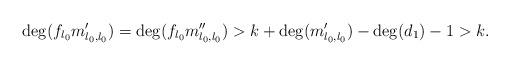
LaTeX: \begin{align*} \deg(f_{l_0}m'_{l_0,l_0})=\deg(f_{l_0}m''_{l_0,l_0})>k+\deg(m'_{l_0,l_0})-\deg(d_1)-1>k.\end{align*}